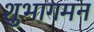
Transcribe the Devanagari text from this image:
शुभागमन